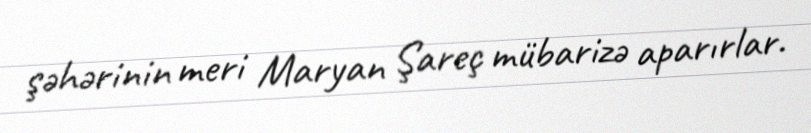
şəhərinin meri Maryan Şareç mübarizə aparırlar.